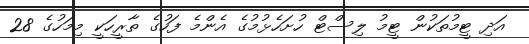
އަދި ޓީމުތަކުން ޓީމު ލިސްޓް ހުށަހެޅުމުގެ އެންމެ ފަހުގެ ތާރީހަކީ މިމަހުގެ 28